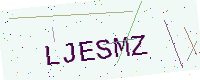
Text: LJESMZ